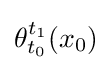
\theta _{t_{0}}^{t_{1}}(x_{0})